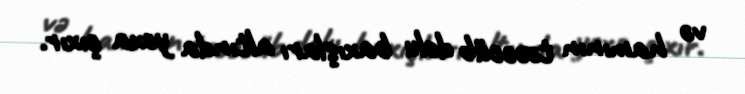
və hamının təəccüb dolu baxışları altında yoxa çıxır.